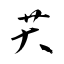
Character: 芖